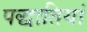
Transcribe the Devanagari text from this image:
पद्धातियां